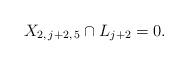
LaTeX: \begin{align*}X_{2, \, j+2, \, 5} \cap L_{j+2} = 0.\end{align*}